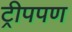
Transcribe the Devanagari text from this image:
ट्रीपपण